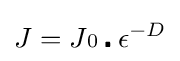
J=J{\scriptstyle {\text{0}}}\centerdot \epsilon ^{-D}